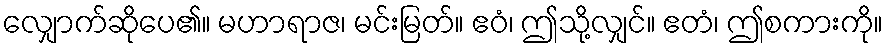
လျှောက်ဆိုပေ၏။ မဟာရာဇ၊ မင်းမြတ်။ ဧဝံ၊ ဤသို့လျှင်။ ဧတံ၊ ဤစကားကို။